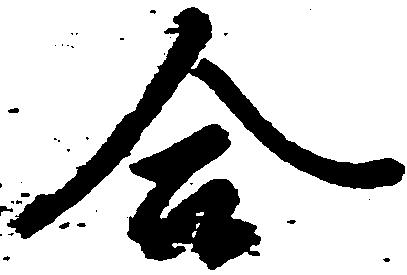
合